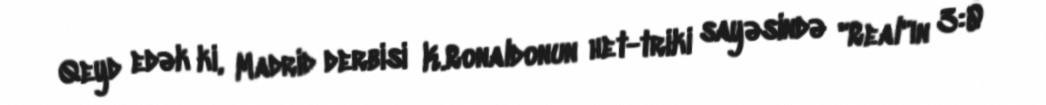
Qeyd edək ki, Madrid derbisi K.Ronaldonun het-triki sayəsində "Real"ın 3:0